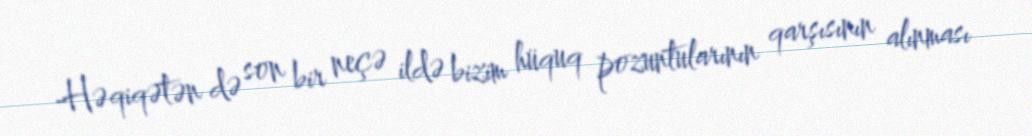
-Həqiqətən də son bir neçə ildə bizim hüquq pozuntularının qarşısının alınması